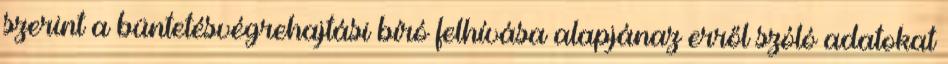
szerint a büntetésvégrehajtási bíró felhívása alapjánaz erről szóló adatokat